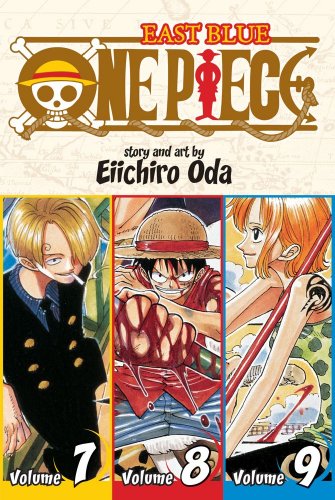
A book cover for One Piece: East Blue 7-8-9; Eiichiro Oda; Comics & Graphic Novels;